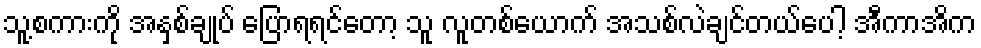
သူ့စကားကို အနှစ်ချုပ် ပြောရရင်တော့ သူ လူတစ်ယောက် အသစ်လဲချင်တယ်ပေါ့ အီကာအိက